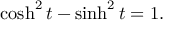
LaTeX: \cosh ^ { 2 } t - \sinh ^ { 2 } t = 1 .